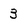
Character: 3